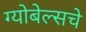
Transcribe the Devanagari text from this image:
ग्योबेल्सचे